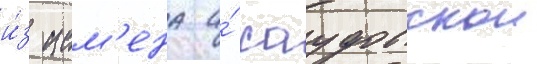
и́з ием'ена и́ саудовскои